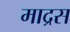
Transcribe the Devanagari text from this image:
माद्रस